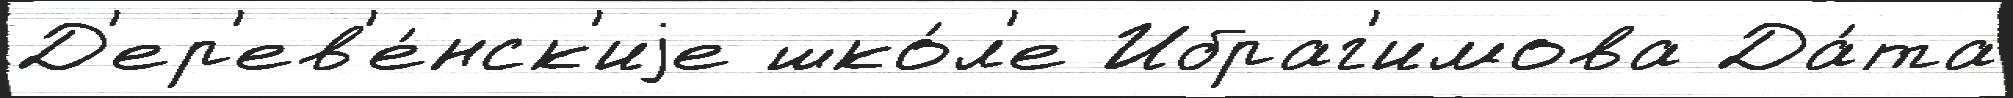
Д'ер'ев'е́нск'иjе шко́л'е Ибраг'имова Да́та